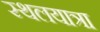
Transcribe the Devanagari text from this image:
स्थलयात्रा